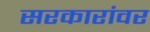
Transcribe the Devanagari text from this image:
सरकारांवर